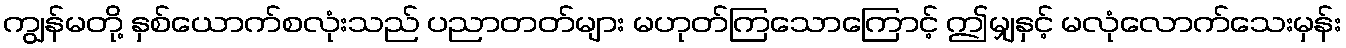
ကျွန်မတို့ နှစ်ယောက်စလုံးသည် ပညာတတ်များ မဟုတ်ကြသောကြောင့် ဤမျှနှင့် မလုံလောက်သေးမှန်း